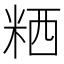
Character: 粞